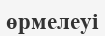
өрмелеуі